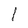
Character: 1